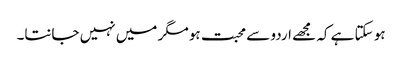
ہو سکتا ہے کہ مجھے اردو سے محبت ہو مگر میں نہیں جانتا۔